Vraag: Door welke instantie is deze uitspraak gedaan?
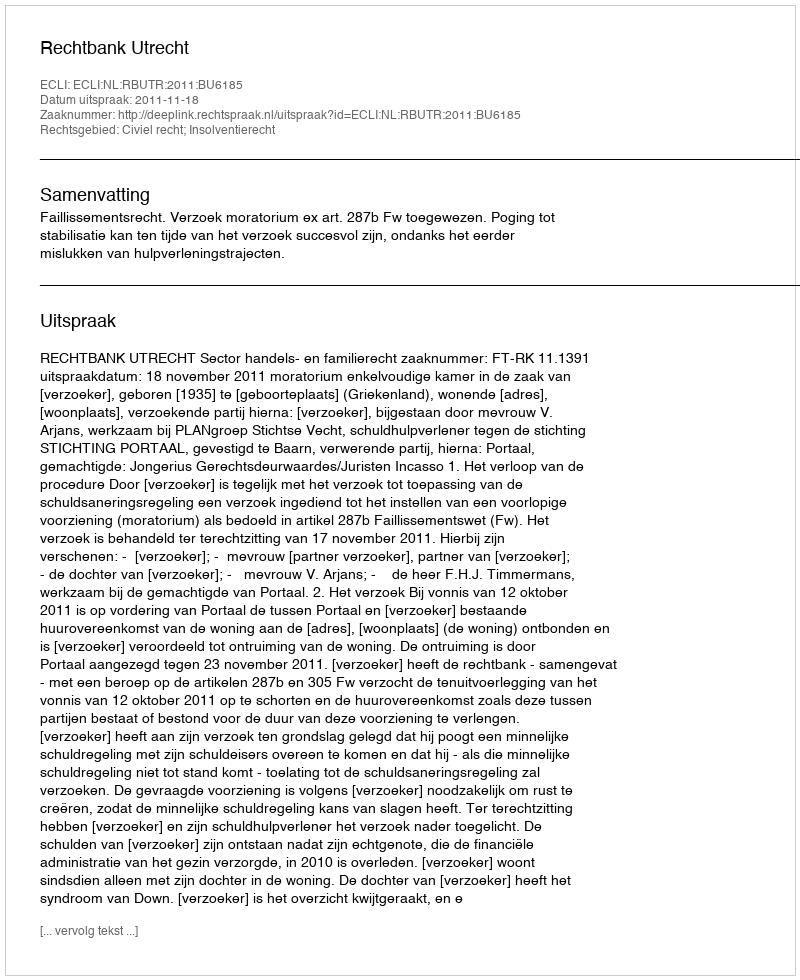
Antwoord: Rechtbank Utrecht